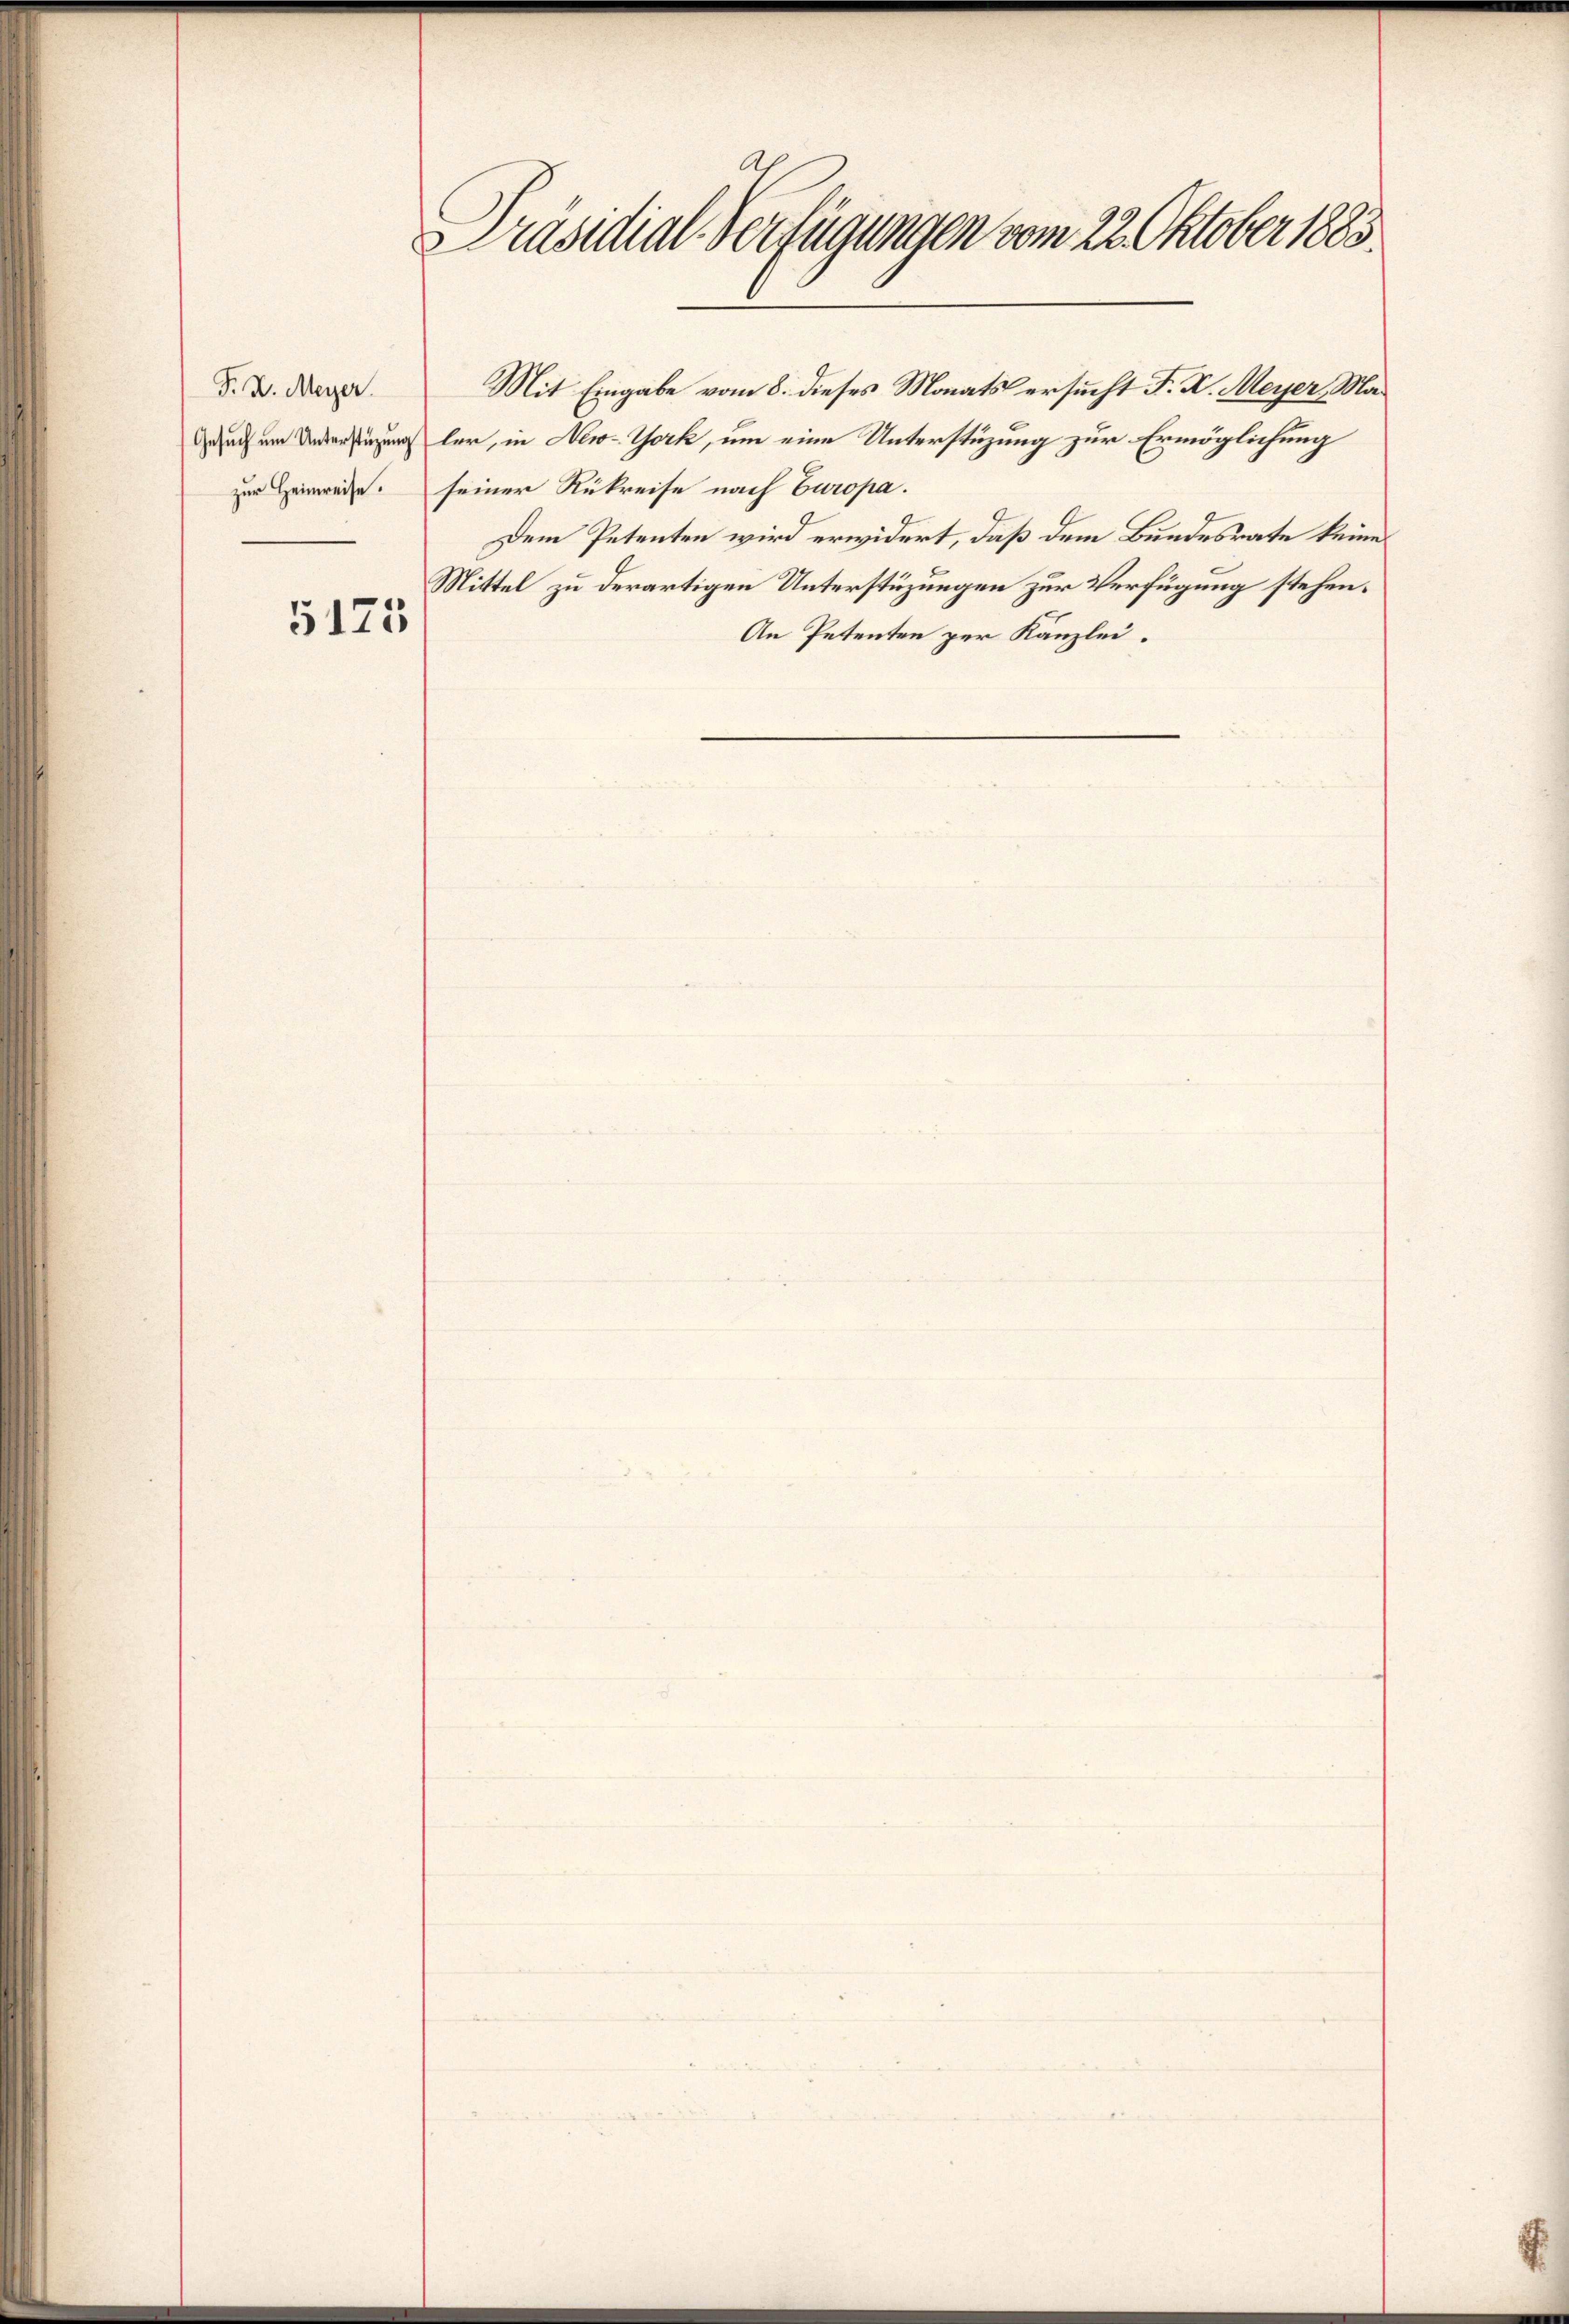
F. V. Meyer.
Gesuch um Unterstüzung
zur Heimreise.

5175

Präsidial-Verfügungen vom 22. Oktober 1883.

Mit Eingabe vom 8. dieses Monats ersucht F. W. Meyer, Maler, in New-York, um eine Unterstüzung zur Ermöglichung
seiner Rükreise nach Europa.
Dem Petenten wird erwidert, daß dem Bundesrate keine
Mittel zu derartigen Unterstüzungen zur Verfügung stehen.
An Petenten per Kanzlei.